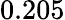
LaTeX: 0.205